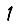
Digit: 1